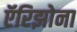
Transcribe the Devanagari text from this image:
ऍरिझोना